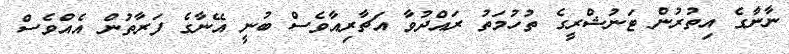
ނާނާގެ އިތުރުން ޓަނުޝްރީގެ ތުހުމަތު ރައްދުވާ އަޗާރިއާވެސް ބުނީ އޭނާގެ ފަރާާތުން އެއްވެސް